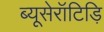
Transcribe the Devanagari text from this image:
ब्यूसेरॉटिड़ि